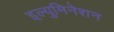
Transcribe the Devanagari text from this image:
इल्युमिनेशन